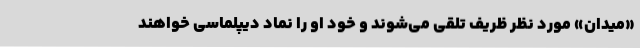
«میدان» مورد نظر ظریف تلقی می‌شوند و خود او را نماد دیپلماسی خواهند